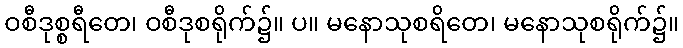
ဝစီဒုစ္စရီတေ၊ ဝစီဒုစရိုက်၌။ ပ။ မနောသုစရိတေ၊ မနောသုစရိုက်၌။